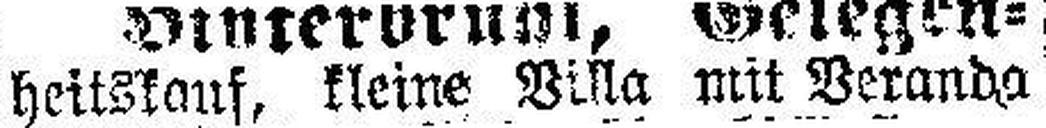
heitskauf kleine Villa mit Veranda